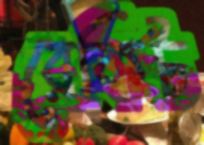
রেকিট